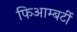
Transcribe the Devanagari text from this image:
फिआम्बर्टी